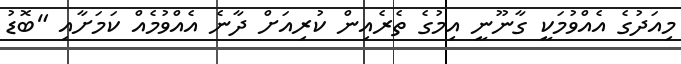
މިއަދުގެ އެއްވުމަކީ ގާނޫނީ އިމުގެ ތެރެއިން ކުރިއަށް ދާނެ އެއްވުމެއް ކަމަށާއި "ބޮޑު